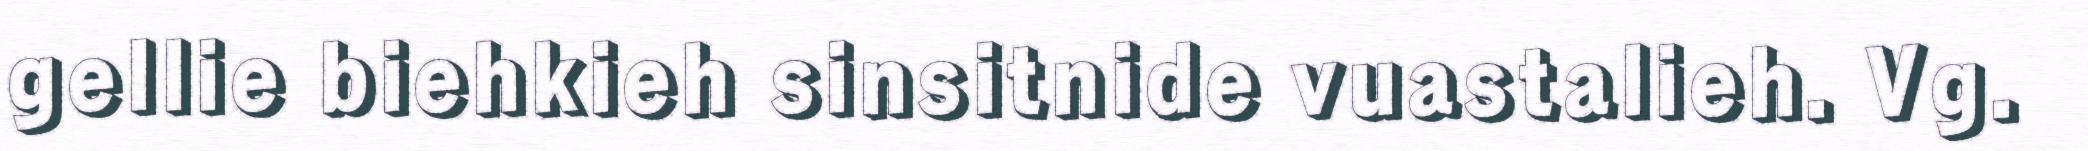
gellie biehkieh sinsitnide vuastalieh. Vg.